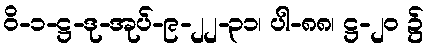
ဝိ-၁-ဋ္ဌ-ဒု-အုပ်-၉-၂၂-၃၁၊ ပါ-၈၈၊ ဋ္ဌ-၂၀ ၌